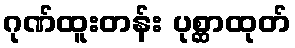
ဂုဏ်ထူးတန်း ပုစ္ဆာထုတ်